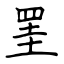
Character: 罣